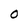
Character: O